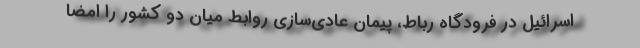
اسرائیل در فرودگاه رباط، پیمان عادی‌سازی روابط میان دو کشور را امضا